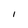
Character: 1